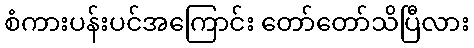
စံကားပန်းပင်အကြောင်း တော်တော်သိပြီလား